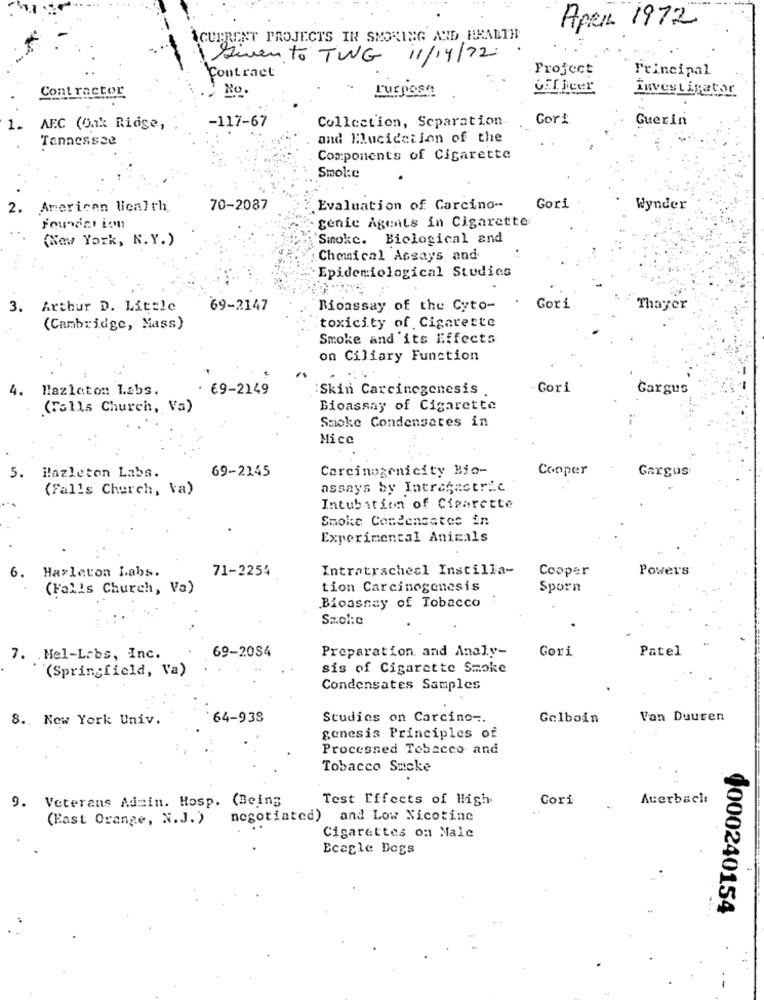
Apen 1972
ACURRENT PROJECTS IN SMOKING AND HEALTH
Siven to TWG 11/14/72
Contract
Project
Principal
Contractor
No
L'uspose
uff jicer
investigator
-117-67
Collection, Separation
Gor!
Guerin
1. AE.C (Oak Ridge,
Tennessee
and Mucicction of the
Components of Cigarette
Smol:c
2. American Wealth
70-2087
Evaluation of Carcino --
Gori
Wynder
genic Agents in Cigarette
(New York, N.Y.)
Smoke. Biological and
Chemical Assays and
Epidemiological Studies
3. Arthur D. Little
69-2147
Bioassay of the Cyto-
Gori
Thayer
(Cambridge, Mass)
toxicity of Cigarette
Smoke and'its Effects
on Ciliary Function
4.
Hazleton Labs.
. 69-2149
Skin Carcinogenesis
-Gori
Gargus
(Falls Church, Va)
Bioassay of Cigarette
Smoke Condensates in
Mice
Carcinogenicity Bio-
Cooper
5. Hazleton Labs.
69-2145
Gargus
(Falls Church, Va)
assays by Intragastric
Intubation of Cigarette
Smoke Condensates in
Experimental Animals
6. Hazleton Labs.
71-2254
Intratracheal Instilla-
Cooper
Powers
(Falls Church, Va)
tion Carcinogenesis
Sporn
Bioassay of Tobacco
Szol: e
69-2084
Preparation, and Analy-
Gori
Patel
7. Mel-Labs, Inc.
(Springfield, Va)
sis of Cigarette Smoke
Condensates Samples
8 .. New York Univ.
64-938
Studies on Carcino -.
Galboin
Van Duuren
genesis Principles of
Processed Tobacco and
Tobacco Sacke
9. Veterans Admin. Hosp. (Being
Test Effects of High
Cori
Auerbach
(East Orange, N.J.)
negotiated) and Low Nicotine
Cigarettes om Malc
Ecagle Dogs
4000240154